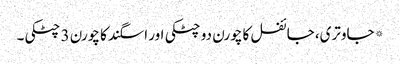
* جاوتری، جائفل کا چورن دو چٹکی اور اسگند کا چورن 3 چٹکی۔